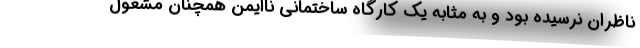
ناظران نرسیده بود و به مثابه یک کارگاه ساختمانی ناایمن همچنان مشغول